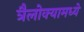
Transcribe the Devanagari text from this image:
त्रैलोक्यामध्ये